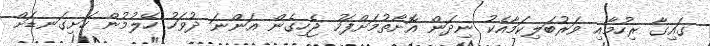
ގައިގާ ރިހުމާއި ވަރުބަލިކަމާއެކު ނިދަން އޮށޯތުމަށްފަހު ޖެހިގެން އަންނަ ދުވަހު ހޭލުމުން ހަށިގަނޑަށް